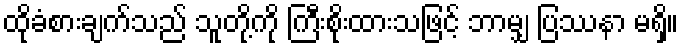
ထိုခံစားချက်သည် သူတို့ကို ကြီးစိုးထားသဖြင့် ဘာမျှ ပြဿနာ မရှိ။